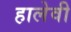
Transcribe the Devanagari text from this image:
हालेवी